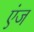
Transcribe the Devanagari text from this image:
एंज